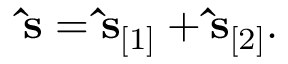
\begin{array} { r } { \ensuremath { \mathbf { \hat { s } } } = \ensuremath { \mathbf { \hat { s } } } _ { [ 1 ] } + \ensuremath { \mathbf { \hat { s } } } _ { [ 2 ] } . } \end{array}